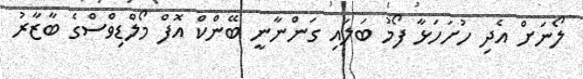
ލޯނަށް އެދި ހުށަހަޅާ ފޯމު ބަލައި ގަންނާނީ ބޭންކް އޮފް މޯލްޑިވްސްގެ ބާޒާރު